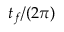
t _ { f } / ( 2 \pi )